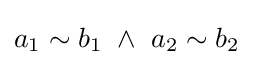
a_{1}\sim b_{1}~\land ~a_{2}\sim b_{2}